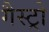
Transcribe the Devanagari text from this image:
गैस्‍ट्रो